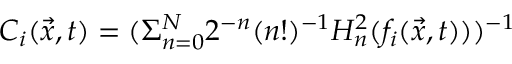
C _ { i } ( \vec { x } , t ) = ( \Sigma _ { n = 0 } ^ { N } 2 ^ { - n } ( n ! ) ^ { - 1 } H _ { n } ^ { 2 } ( f _ { i } ( \vec { x } , t ) ) ) ^ { - 1 }